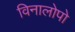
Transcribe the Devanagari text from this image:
विनालोपो